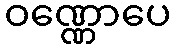
ဝဏ္ဏောပေ